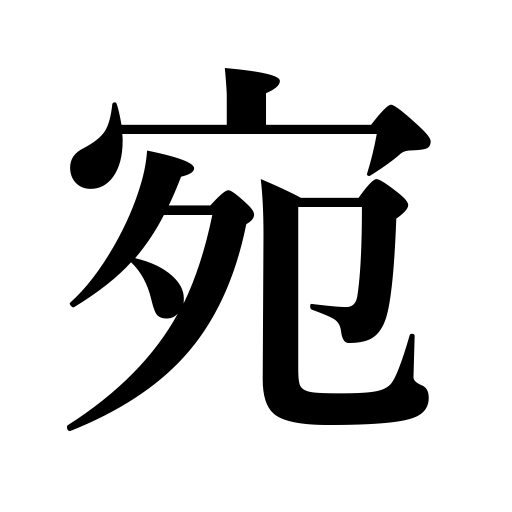
Meanings: address a letter